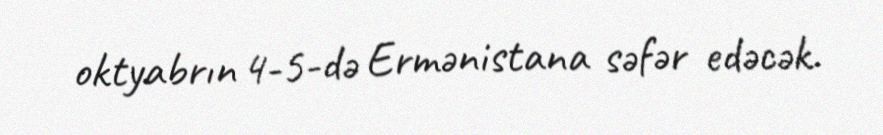
oktyabrın 4-5-də Ermənistana səfər edəcək.